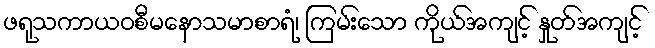
ဖရုသကာယဝစီမနောသမာစာရံ၊ ကြမ်းသော ကိုယ်အကျင့် နှုတ်အကျင့်